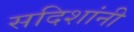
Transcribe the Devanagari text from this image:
सदिशांनी